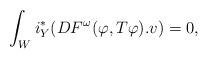
LaTeX: \begin{align*}\int_Wi_Y^*(DF^{\omega}(\varphi,T\varphi).v)=0,\end{align*}